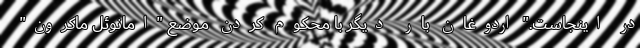
در اینجاست." اردوغان بار دیگر با محکوم کردن موضع "امانوئل ماکرون"